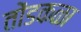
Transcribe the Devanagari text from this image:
तोंडकळा